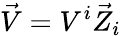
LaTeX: {\vec{V}}=V^{i}{\vec{Z}}_{i}